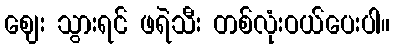
ဈေး သွားရင် ဖရဲသီး တစ်လုံးဝယ်ပေးပါ။